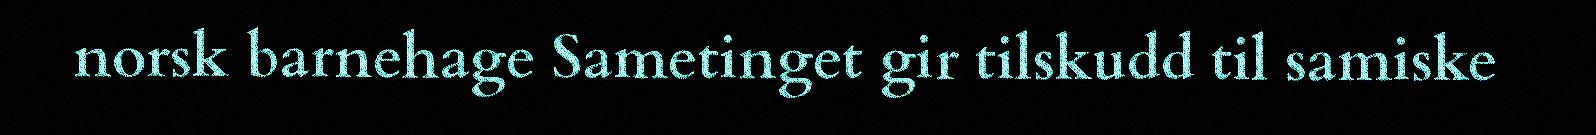
norsk barnehage Sametinget gir tilskudd til samiske